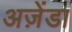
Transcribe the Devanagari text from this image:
अज़ेंडा